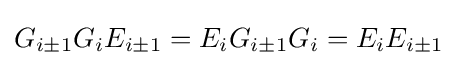
G_{i\pm 1}G_{i}E_{i\pm 1}=E_{i}G_{i\pm 1}G_{i}=E_{i}E_{i\pm 1}